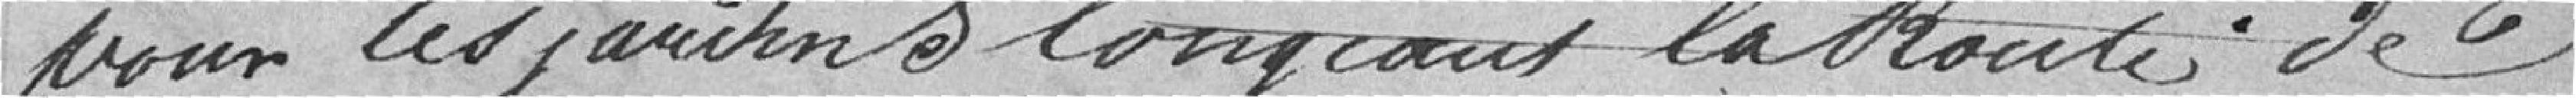
pour les jardins longeant la route de